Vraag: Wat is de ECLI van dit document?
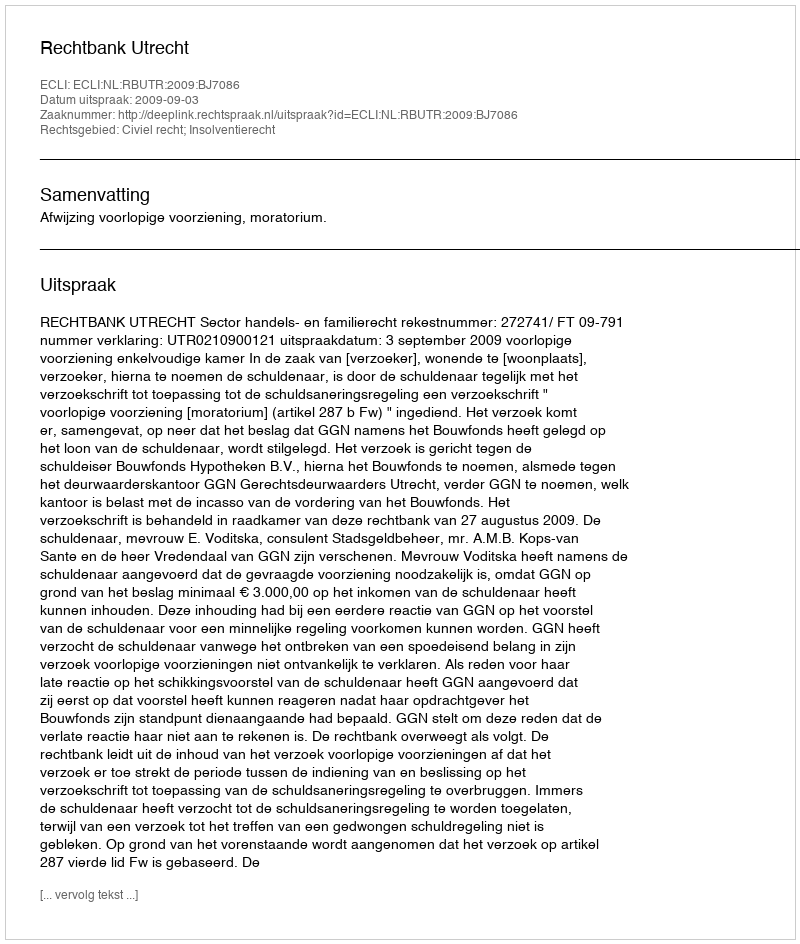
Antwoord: ECLI:NL:RBUTR:2009:BJ7086